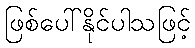
ဖြစ်ပေါ်နိုင်ပါသဖြင့်